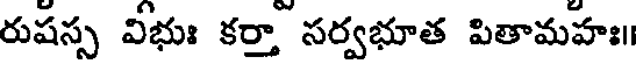
రుషస్స విభుః కర్తా సర్వభూత పితామహః॥